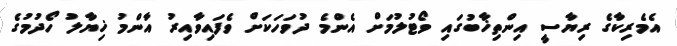
އެމެރިކާގެ ރިޔާސީ އިންތިޚާބުގައި ވޯޓުލުމަށް އެންމެ ދުވަހަކަށް ވެފައިވާއިރު އާންމު ޚިޔާލު ހޯދުމުގެ